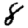
Digit: 8